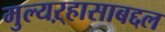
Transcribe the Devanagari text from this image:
मुल्यऱ्हासाबद्दल